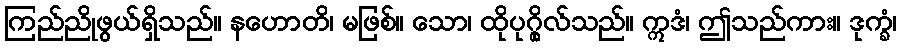
ကြည်ညိုဖွယ်ရှိသည်။ နဟောတိ၊ မဖြစ်။ သော၊ ထိုပုဂ္ဂိုလ်သည်။ ဣဒံ၊ ဤသည်ကား။ ဒုက္ခံ၊